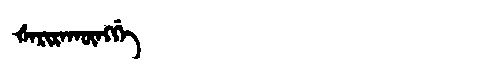
Manchu: ᡧᠠᡵᡳᡵᠠᡴᡡᠩᡤᡝ
Romanization: ŠARIRAKŪNGGE